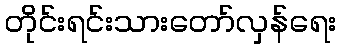
တိုင်းရင်းသားတော်လှန်ရေး